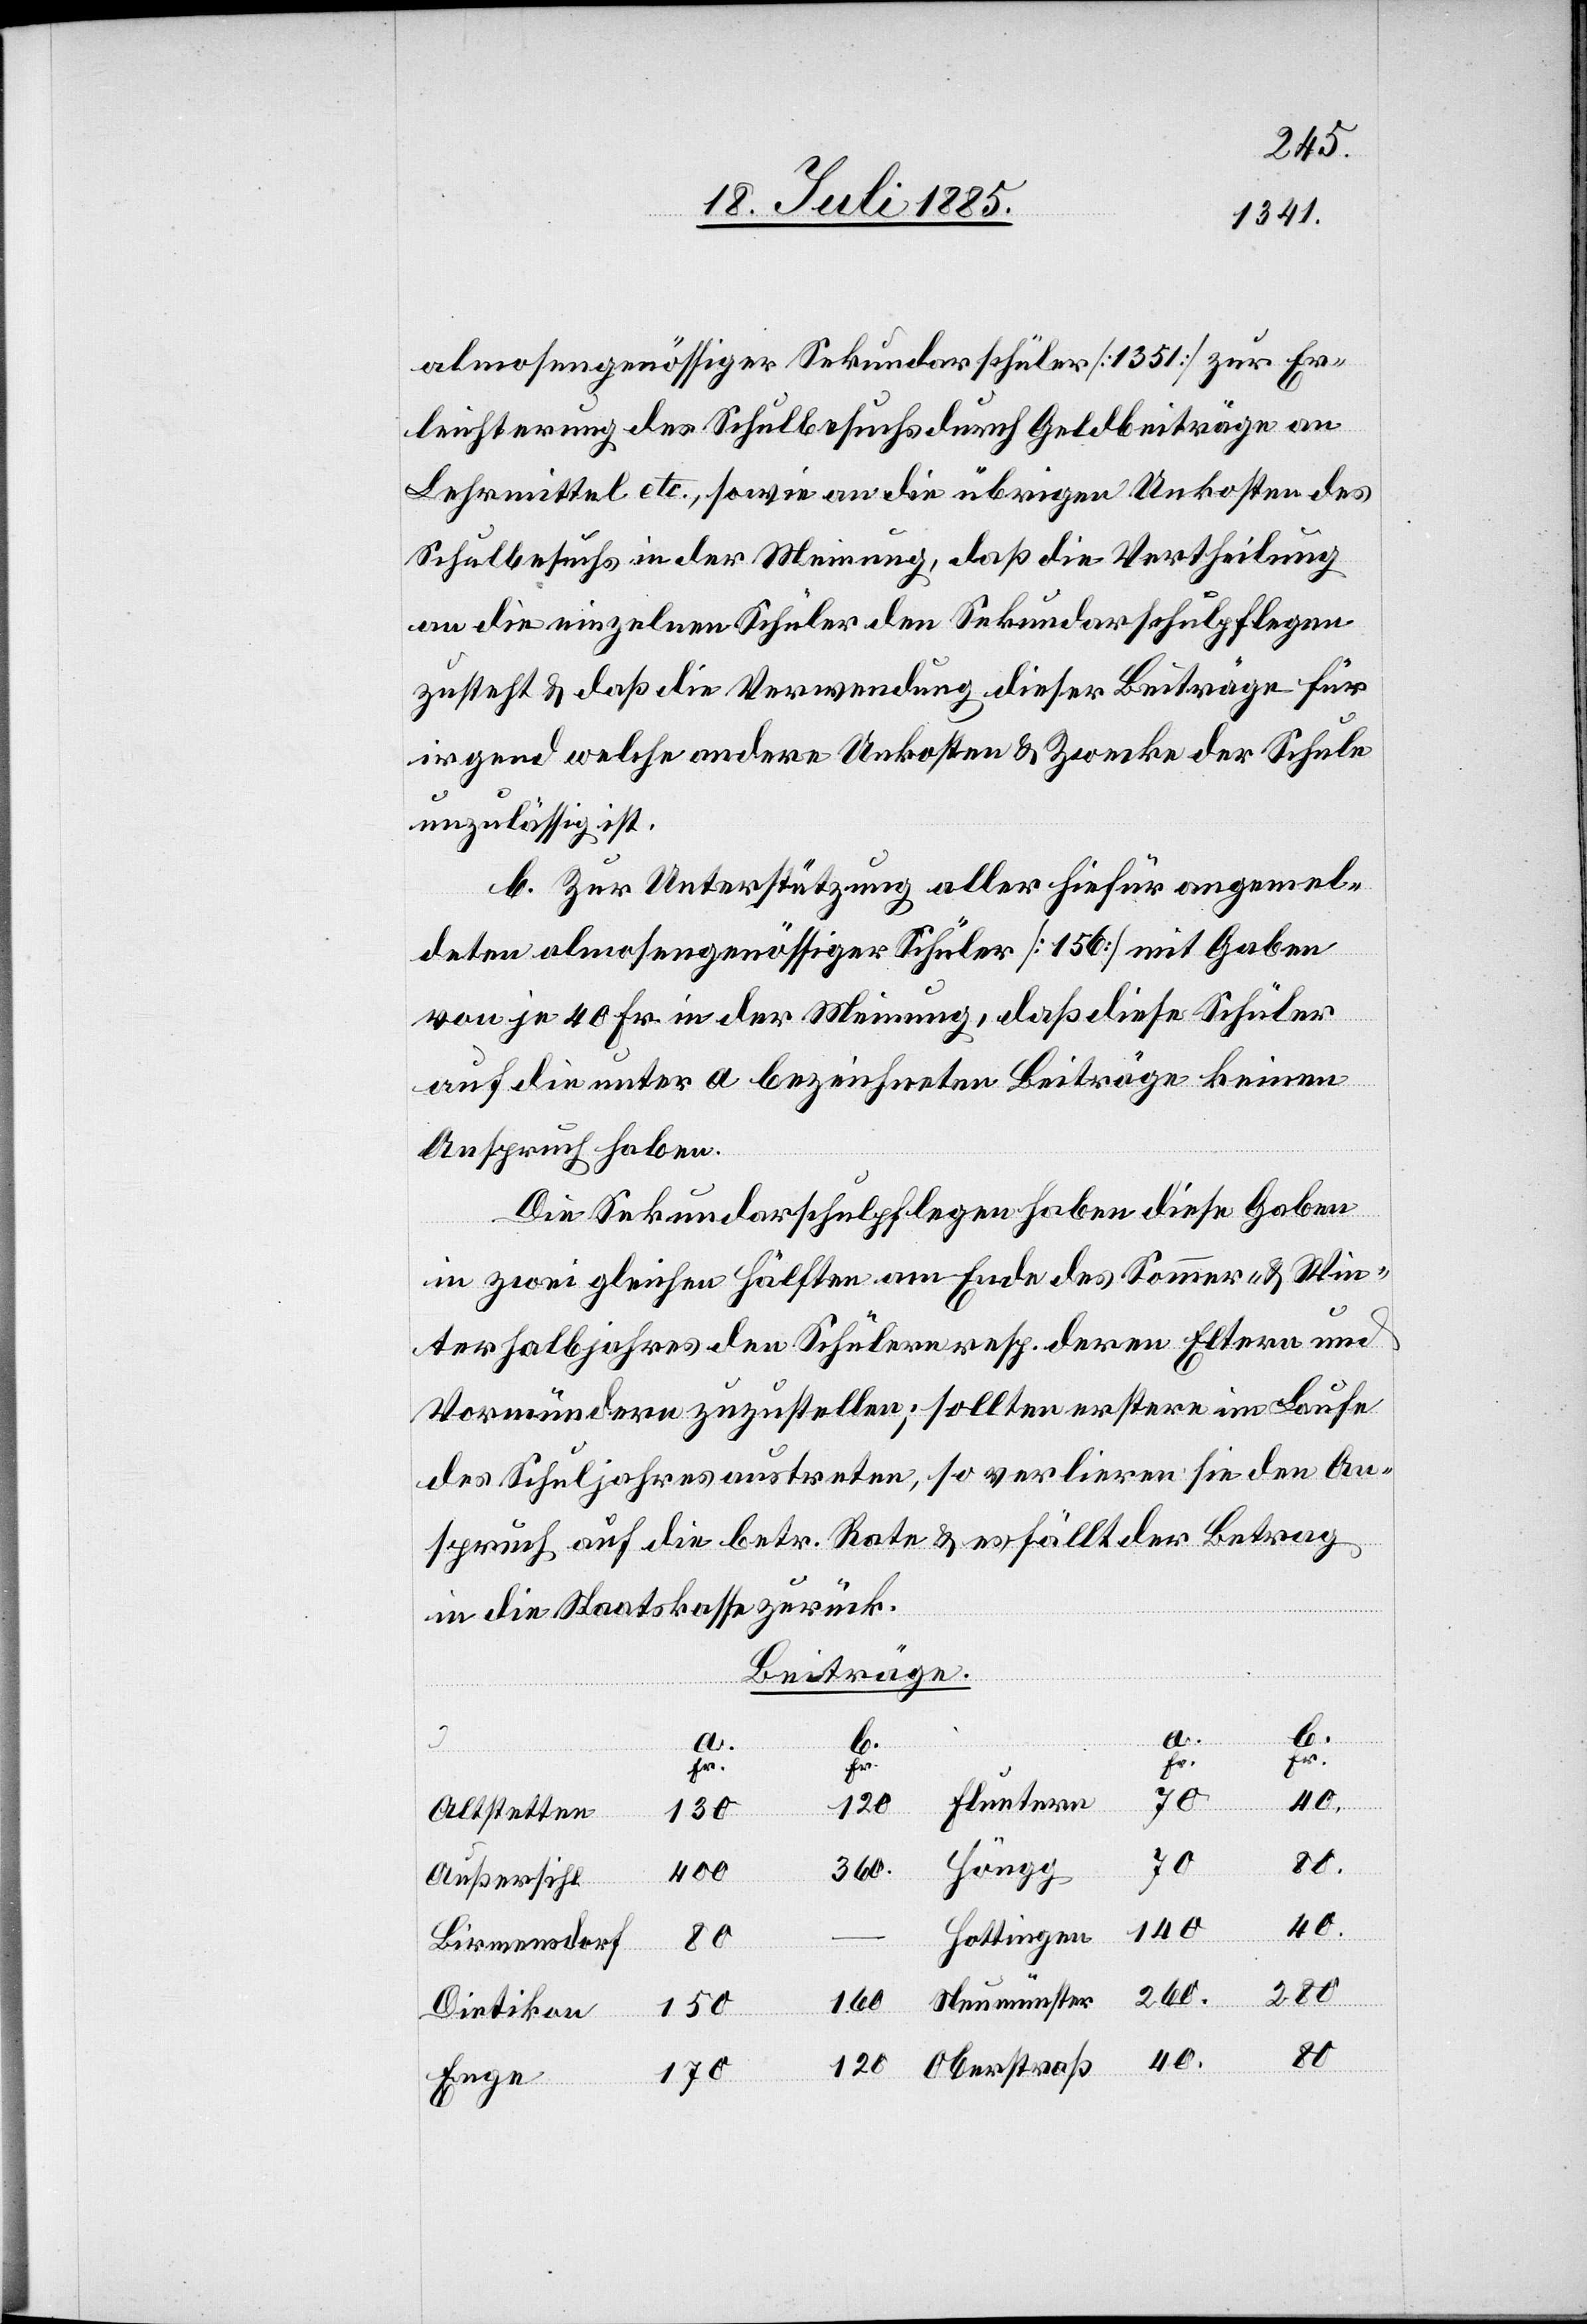
–
almosengenössiger Sekundarschüler [1351] zur Er¬
leichterung des Schulbesuchs durch Geldbeiträge an
Lehrmittel etc., sowie an die übrigen Unkosten des
Schulbesuchs in der Meinung, daß die Vertheilung
an die einzelnen Schüler den Sekundarschulpflegern
zusteht & daß die Verwendung dieser Beiträge für
irgend welche andern Unkosten & Zwecke der Schule
unzulässig ist.
b. Zur Unterstützung aller hiefür angemel¬
deten almosengenössiger Schüler [156] mit Gaben
von je 40 Fr. in der Meinung, daß diese Schüler
auf die unter a bezeichneten Beiträge keinen
Anspruch haben.
Die Sekundarschulpflegen haben diese Gaben
in zwei gleichen Hälften am Ende des Sommer- & Win¬
terhalbjahres den Schülern resp. deren Eltern und
Vormündern zuzustellen; sollten erstere im Laufe
des Schuljahres austreten, so verlieren sie den An¬
spruch auf die betr. Rate & es fällt der Betrag
in die Staatskasse zurück.
Beiträge.
a.
b.
a.
b.
Fr.
Fr.
70.
Fluntern
120.
traß
130.
Altstetten
Höngg
360.
400.
Außersihl
40.
280.
Birmensdorf
260.
160.
150.
Dietikon
80.
120.
170.
Enge